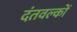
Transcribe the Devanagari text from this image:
दंतवल्कों